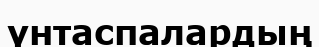
үнтаспалардың